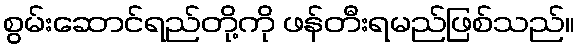
စွမ်းဆောင်ရည်တို့ကို ဖန်တီးရမည်ဖြစ်သည်။